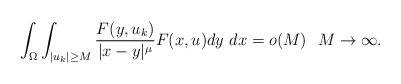
LaTeX: \begin{align*}\int_{\Omega} \int_{|u_k| \geq M} \frac{F(y,u_k)}{|x-y|^{\mu}} F(x,u) dy ~dx = o(M) \ \ M \to \infty.\end{align*}